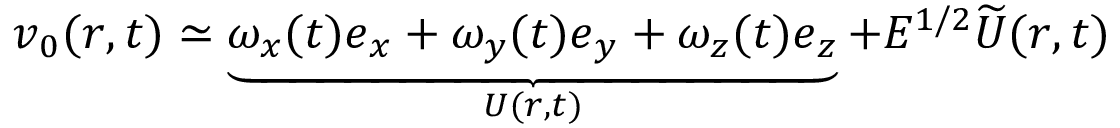
\boldsymbol { v } _ { 0 } ( \boldsymbol { r } , t ) \simeq \underbrace { \omega _ { x } ( t ) \boldsymbol { e } _ { x } + \omega _ { y } ( t ) \boldsymbol { e } _ { y } + \omega _ { z } ( t ) \boldsymbol { e } _ { z } } _ { \boldsymbol { U } ( \boldsymbol { r } , t ) } + E ^ { 1 / 2 } \widetilde { \boldsymbol { U } } ( \boldsymbol { r } , t )